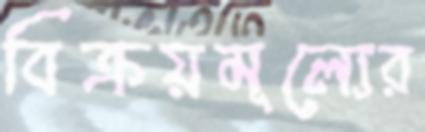
বিক্রয়মূল্যের